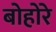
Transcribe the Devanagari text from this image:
बोहोरे